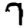
Digit: 7